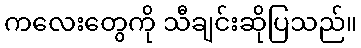
ကလေးတွေကို သီချင်းဆိုပြသည်။